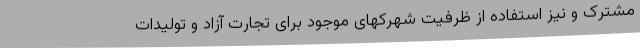
مشترک و نیز استفاده از ظرفیت شهرکهای موجود برای تجارت آزاد و تولیدات